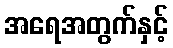
အရေအတွက်နှင့်